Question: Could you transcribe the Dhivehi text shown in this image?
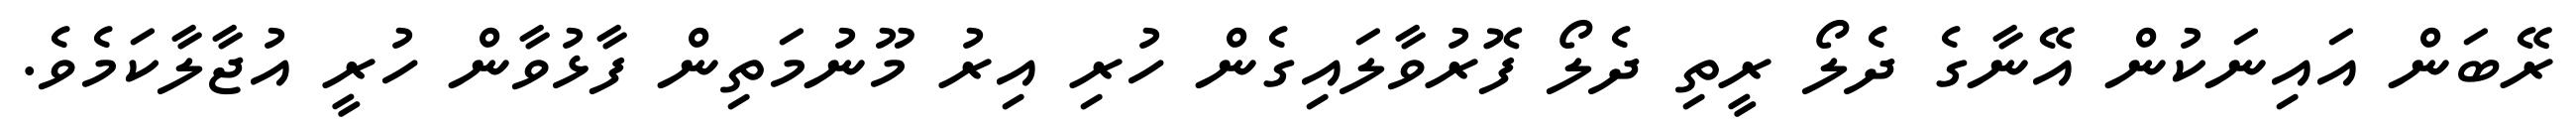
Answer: ރޭބަން އައިނަކުން އޭނާގެ ދެލޯ ރީތި ދެލޯ ފޮރުވާލައިގެން ހުރި އިރު މޫނުމަތިން ފާޅުވާން ހުރީ އުޖާލާކަމެވެ.